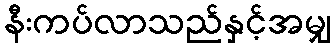
နီးကပ်လာသည်နှင့်အမျှ